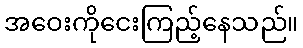
အဝေးကိုငေးကြည့်နေသည်။